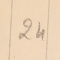
24